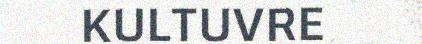
KULTUVRE